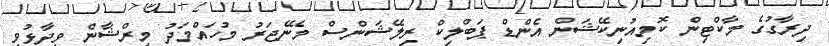
ދިރާގުގެ މާކްޓިން ކޮމިއުނިކޭޝަން އެންޑް ޕަބްލިކް ރިލޭޝަންސް މެނޭޖަރު މުހައްމަދު މިރްޝާން ވިދާޅުވި